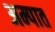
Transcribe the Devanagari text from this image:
अम्पात